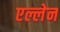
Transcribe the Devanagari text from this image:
एल्लेन